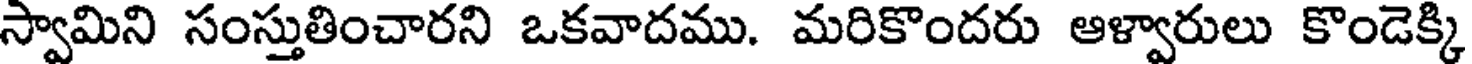
స్వామిని సంస్తుతించారని ఒకవాదము. మరికొందరు ఆళ్వారులు కొండెక్కి